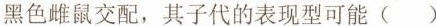
黑色雌鼠交配，其子代的表现型可能( )